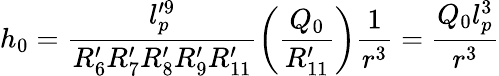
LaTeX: h_{0}=\frac{l_{p}^{\prime 9}}{R_{6}^{\prime}R_{7}^{\prime}R_{8}^{\prime}R_{9}^{\prime}R_{11}^{\prime}}\left(\frac{Q_{0}}{R_{11}^{\prime}}\right)\frac{1}{r^{3}}=\frac{Q_{0}l_{p}^{3}}{r^{3}}